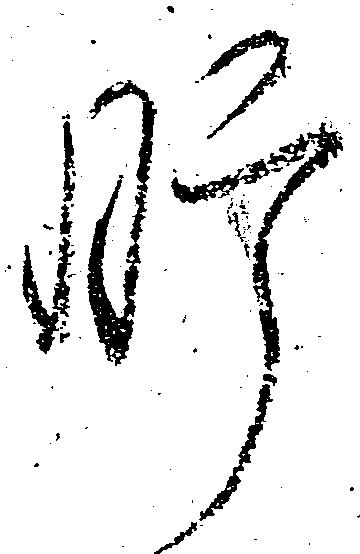
肝